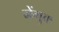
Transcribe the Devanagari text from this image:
नेंगुक